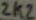
Text: 2k2